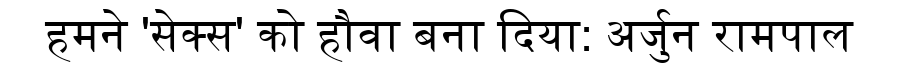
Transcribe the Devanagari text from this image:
हमने 'सेक्स' को हौवा बना दिया: अर्जुन रामपाल